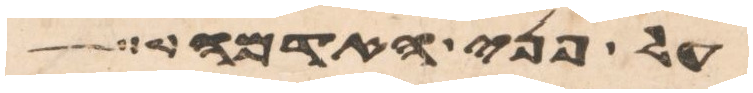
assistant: על פני האדמה